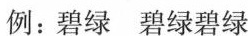
例：碧绿 碧绿碧绿